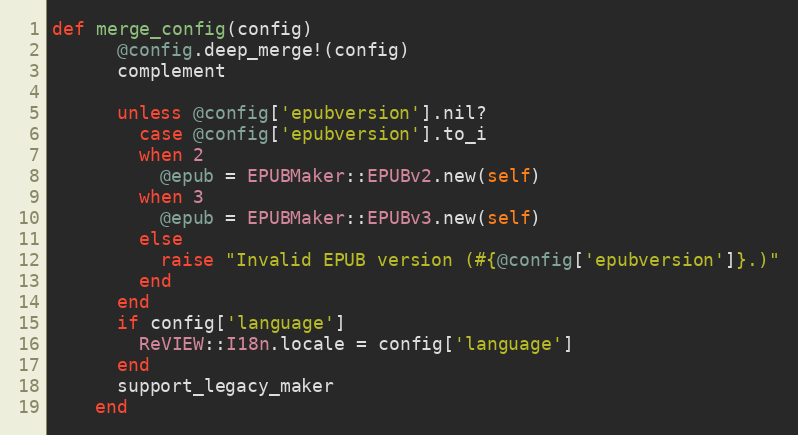
Language: Ruby
def merge_config(config)
      @config.deep_merge!(config)
      complement

      unless @config['epubversion'].nil?
        case @config['epubversion'].to_i
        when 2
          @epub = EPUBMaker::EPUBv2.new(self)
        when 3
          @epub = EPUBMaker::EPUBv3.new(self)
        else
          raise "Invalid EPUB version (#{@config['epubversion']}.)"
        end
      end
      if config['language']
        ReVIEW::I18n.locale = config['language']
      end
      support_legacy_maker
    end